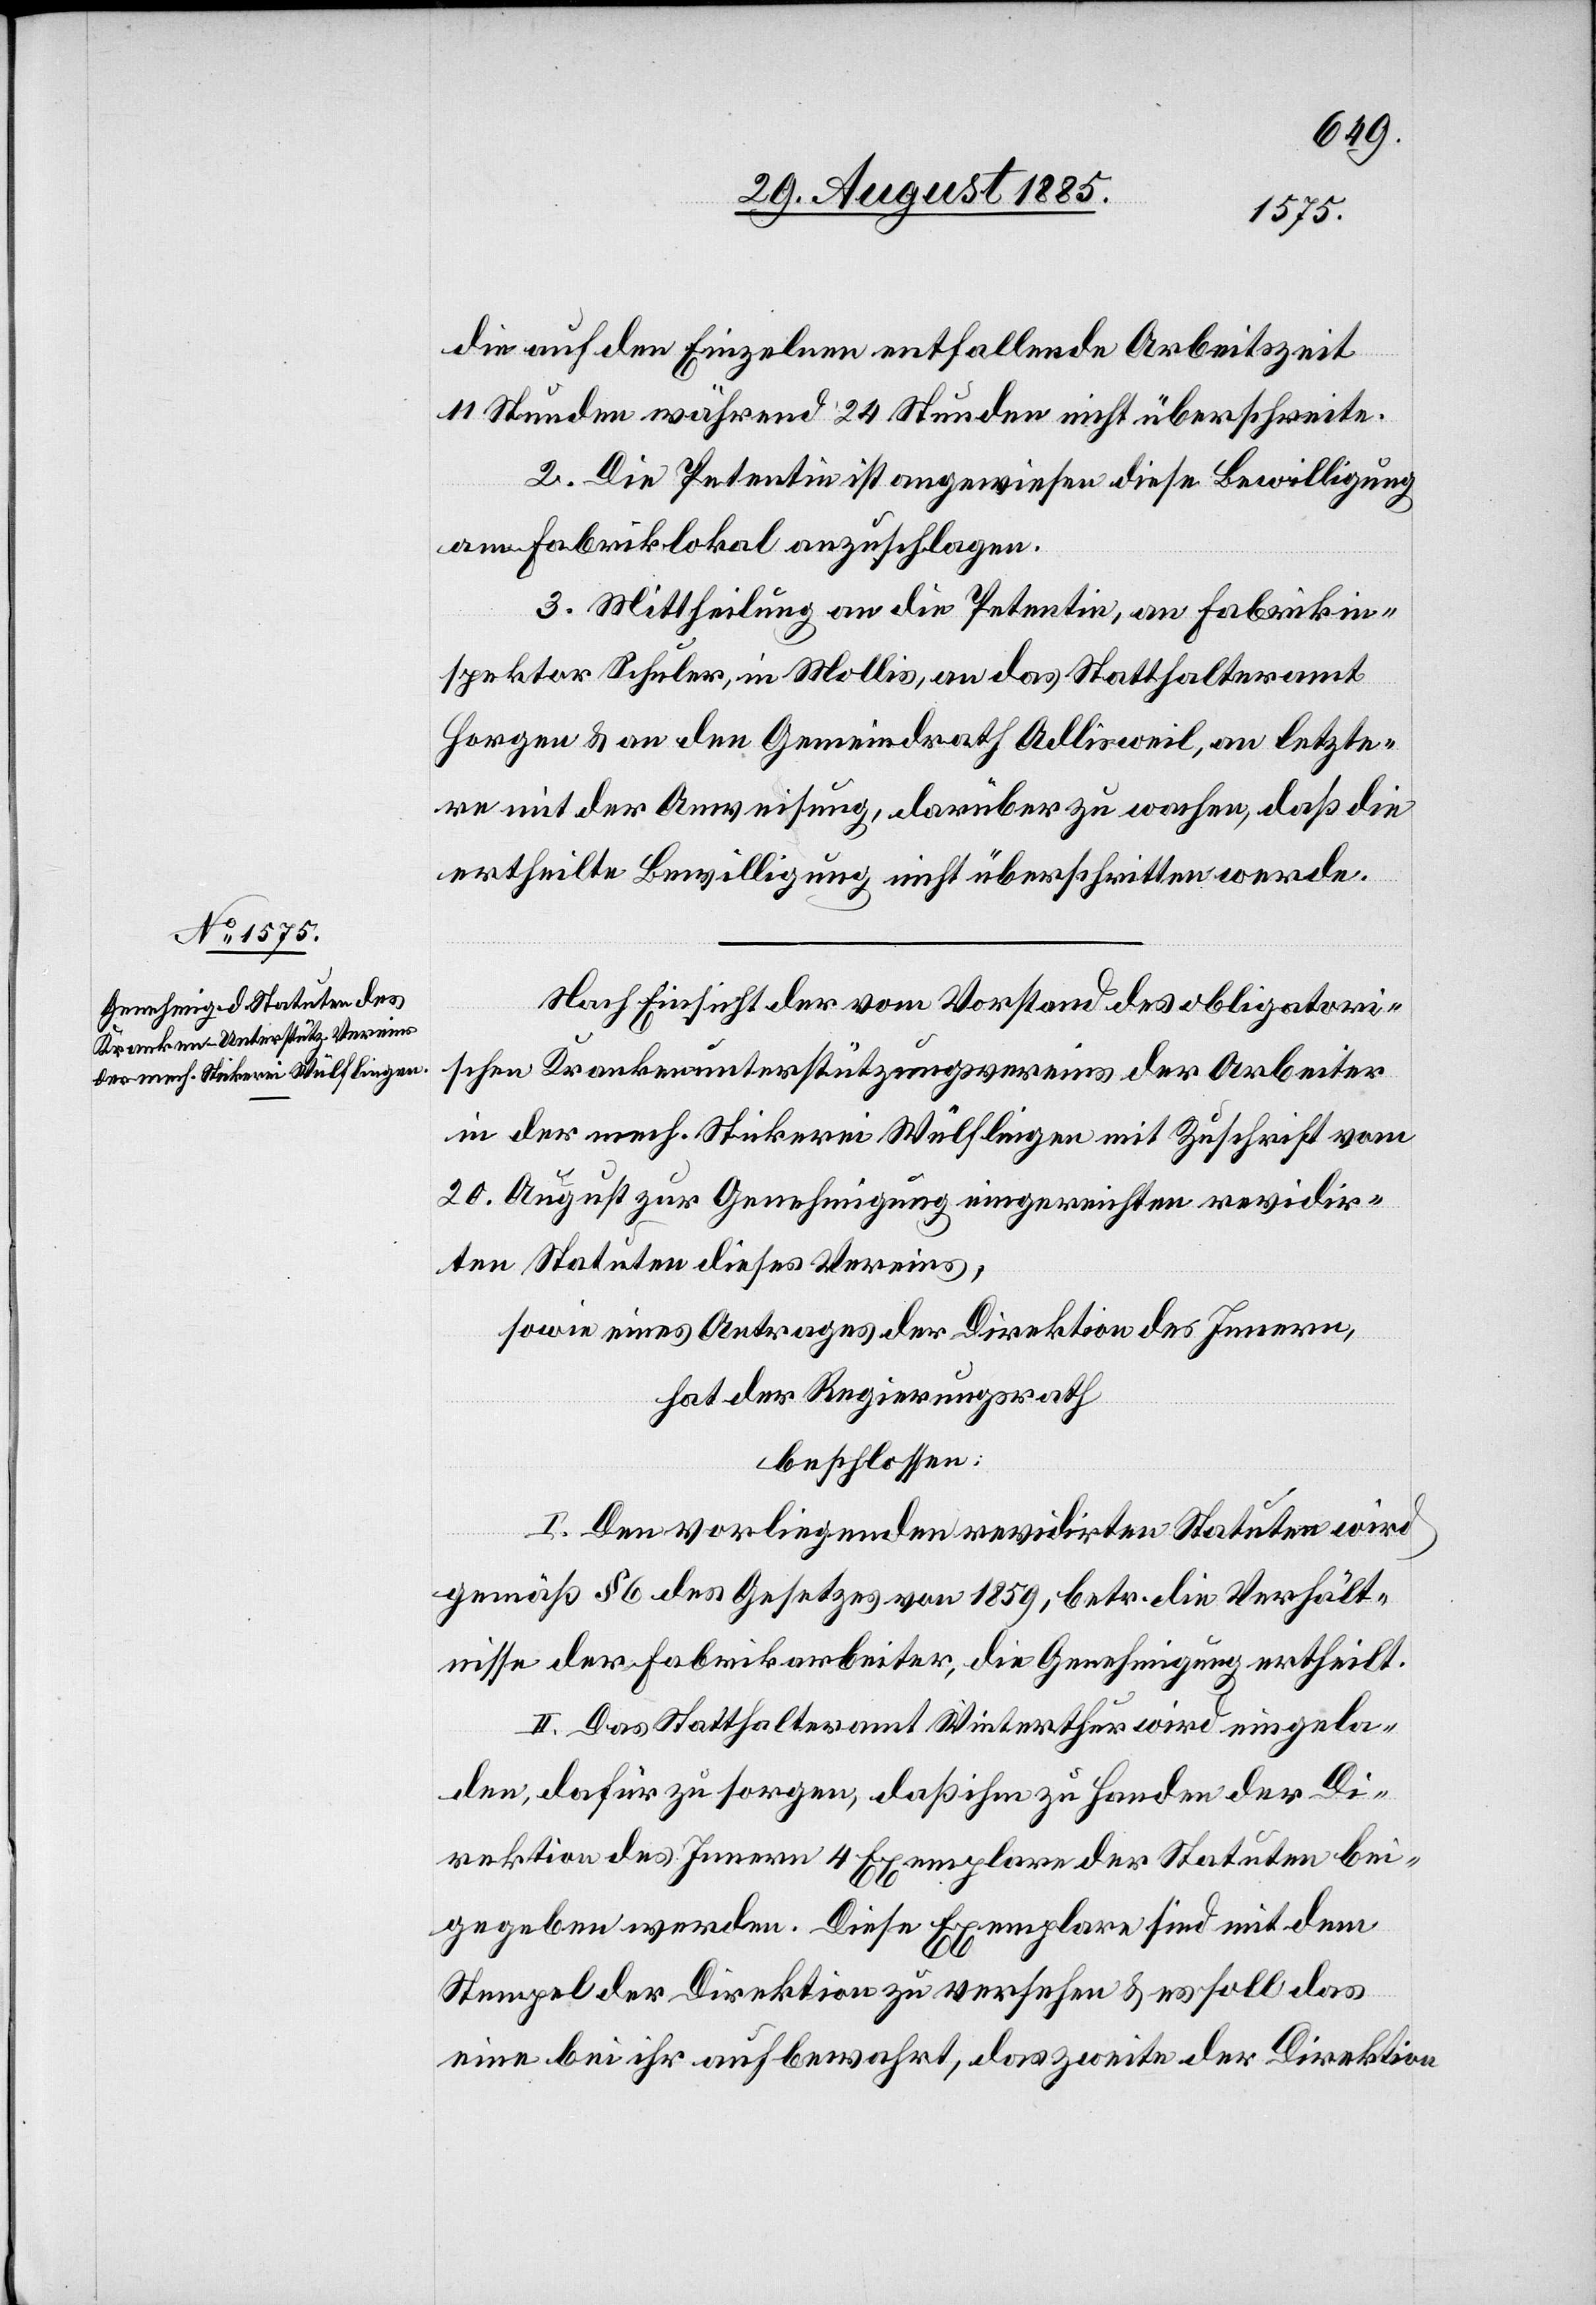
die auf den Einzelnen entfallende Arbeitszeit
11 Stunden während 24 Stunden nicht überschreite.
2. Die Petentin ist angewiesen diese Bewilligung
am Fabriklokal anzuschlagen.
3. Mittheilung an die Petentin, an Fabrikin¬
spektor Schuler, in Mollis, an das Statthalteramt
Horgen & an den Gemeindrath Adlisweil, an letzte¬
rn mit der Anweisung, darüber zu wachen, daß die
ertheilte Bewilligung nicht überschritten werde.
Nach Einsicht der vom Vorstand des obligatori¬
schen Krankenunterstützungsverein der Arbeiter
in der mech. Stickerei Wülflingen mit Zuschrift vom
20. August zur Genehmigung eingereichten revidir¬
ten Statuten dieses Vereins,
sowie eines Antrages der Direktion des Innern,
hat der Regierungsrath
beschlossen:
I. Den vorliegenden revidirten Statuten wird
gemäß § 6 des Gesetzes von 1859, betr. die Verhält¬
nisse der Fabrikarbeiter, die Genehmigung ertheilt.
II. Das Statthalteramt Winterthur wird eingela¬
den, dafür zu sorgen, daß ihm zu Handen der Di¬
rektion des Innern 4 Exemplare der Statuten bei¬
gegeben werden. Diese Exemplare sind mit dem
Stempel der Direktion zu versehen & es soll das
eine bei ihr aufbewahrt, das zweite der Direktion